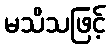
မသိသဖြင့်